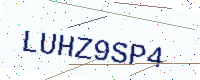
Text: LUHZ9SP4